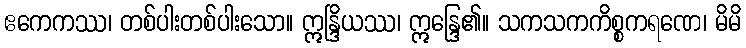
ဧကေကဿ၊ တစ်ပါးတစ်ပါးသော။ ဣန္ဒြိယဿ၊ ဣန္ဒြေ၏။ သကသကကိစ္စကရဏေ၊ မိမိ